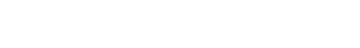
လူ မျိုး အ ပေါင်း တို့ အ တွက် ခရစ္စမတ် အ ရှင်။